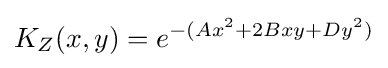
K_{Z}(x,y)=e^{-(Ax^{2}+2Bxy+Dy^{2})}